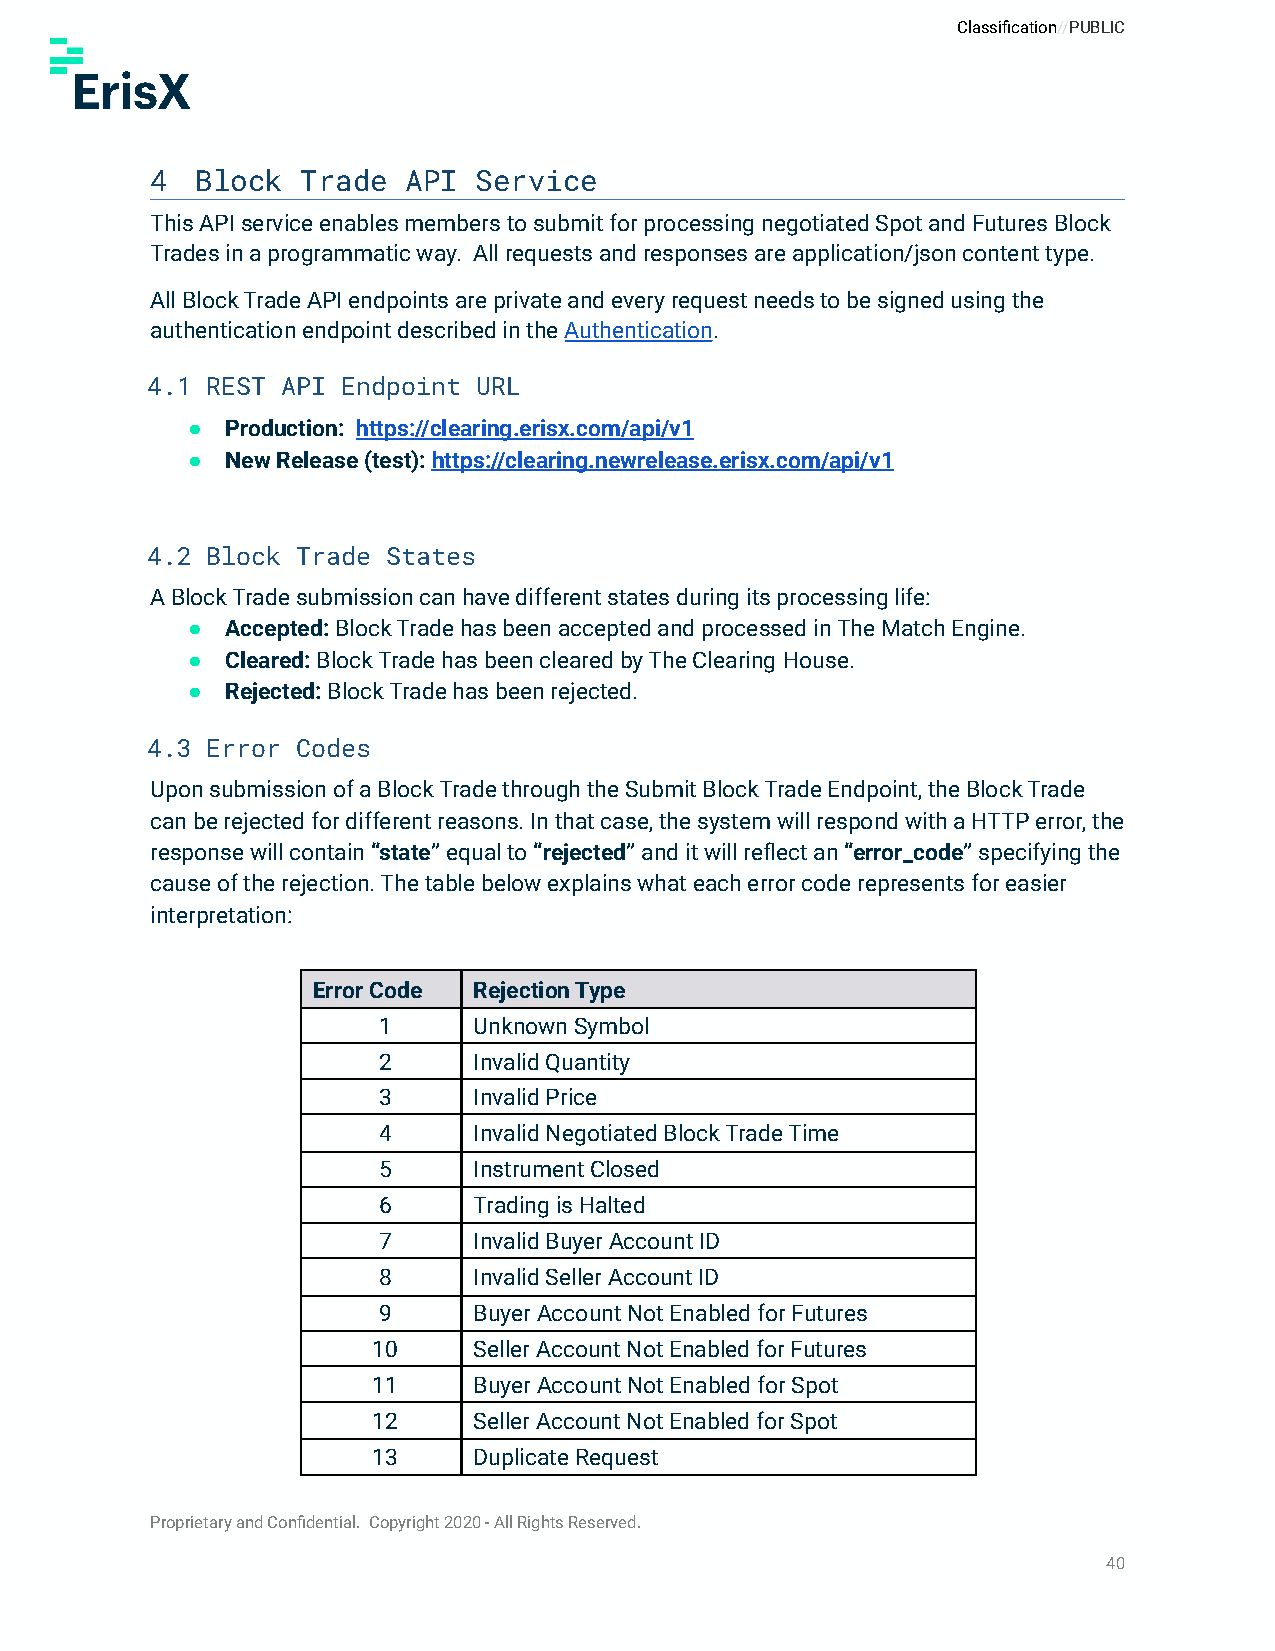
Classification//PUBLIC
 4  Block  Trade  API Service
 This API service enables members to submit for processing negotiated Spot and Futures Block
 Trades in a programmatic way. All requests and responses are application/json content type.
 All Block Trade API endpoints are private and every request needs to be signed using the
 authentication endpoint described in theAuthentication.
 4.1 REST API Endpoint URL
 ●  Production: https://clearing.erisx.com/api/v1
 ●  New Release (test):https://clearing.newrelease.erisx.com/api/v1
 4.2 Block Trade States
 A Block Trade submission can have different states during its processing life:
 ●  Accepted:Block Trade has been accepted and processedin The Match Engine.
 ●  Cleared:Block Trade has been cleared by The Clearing House.
 ●  Rejected:Block Trade has been rejected.
 4.3 Error Codes
 Upon submission of a Block Trade through the Submit Block Trade Endpoint, the Block Trade
 can be rejected for different reasons. In that case, the system will respond with a HTTP error, the
 response will contain“state”equal to“rejected”and it will reflect an“error_code”specifying the
 cause of the rejection. The table below explains what each error code represents for easier
 interpretation:
 Error Code Rejection Type
 1     Unknown Symbol
 2     Invalid Quantity
 3     Invalid Price
 4     Invalid Negotiated Block Trade Time
 5     Instrument Closed
 6     Trading is Halted
 7     Invalid Buyer Account ID
 8     Invalid Seller Account ID
 9     Buyer Account Not Enabled for Futures
 10    Seller Account Not Enabled for Futures
 11    Buyer Account Not Enabled for Spot
 12    Seller Account Not Enabled for Spot
 13    Duplicate Request
 Proprietary and Confidential. Copyright 2020 - All Rights Reserved.
 40